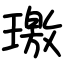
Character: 璬